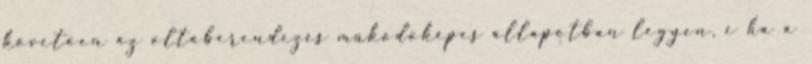
követõen az oltóberendezés mûködõképes állapotban legyen, e ha a